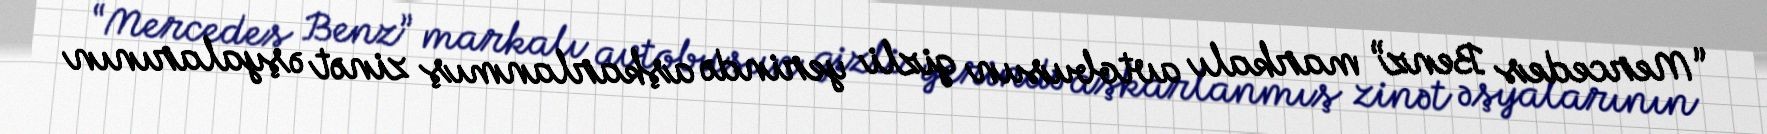
“Mercedes Benz” markalı avtobusun gizli yerində aşkarlanmış zinət əşyalarının